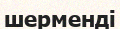
шерменді